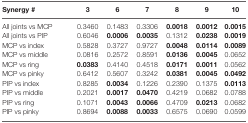
<table><thead><tr><td><b>Synergy #</b></td><td><b>3</b></td><td><b>6</b></td><td><b>7</b></td><td><b>8</b></td><td><b>9</b></td><td><b>10</b></td></tr></thead><tbody><tr><td>All joints vs MCP</td><td>0.3460</td><td>0.1483</td><td>0.3306</td><td><b>0.0018</b></td><td><b>0.0012</b></td><td><b>0.0015</b></td></tr><tr><td>All joints vs PIP</td><td>0.6046</td><td><b>0.0006</b></td><td><b>0.0035</b></td><td>0.1312</td><td><b>0.0238</b></td><td><b>0.0019</b></td></tr><tr><td>MCP vs index</td><td>0.5828</td><td>0.3727</td><td>0.9727</td><td><b>0.0048</b></td><td><b>0.0114</b></td><td><b>0.0089</b></td></tr><tr><td>MCP vs middle</td><td>0.0816</td><td>0.2572</td><td>0.8591</td><td><b>0.0136</b></td><td><b>0.0045</b></td><td>0.0652</td></tr><tr><td>MCP vs ring</td><td><b>0.0383</b></td><td>0.4140</td><td>0.4518</td><td><b>0.0171</b></td><td><b>0.0011</b></td><td>0.0562</td></tr><tr><td>MCP vs pinky</td><td>0.6412</td><td>0.5607</td><td>0.3242</td><td><b>0.0381</b></td><td><b>0.0045</b></td><td><b>0.0492</b></td></tr><tr><td>PIP vs index</td><td>0.8285</td><td><b>0.0034</b></td><td>0.1226</td><td>0.2390</td><td>0.1375</td><td><b>0.0113</b></td></tr><tr><td>PIP vs middle</td><td>0.2021</td><td><b>0.0017</b></td><td><b>0.0470</b></td><td>0.4219</td><td>0.0682</td><td>0.0788</td></tr><tr><td>PIP vs ring</td><td>0.1071</td><td><b>0.0043</b></td><td><b>0.0066</b></td><td>0.4709</td><td><b>0.0213</b></td><td>0.0682</td></tr><tr><td>PIP vs pinky</td><td>0.8694</td><td><b>0.0088</b></td><td><b>0.0033</b></td><td>0.6575</td><td>0.0690</td><td>0.0599</td></tr></tbody></table>